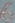
Text: 6